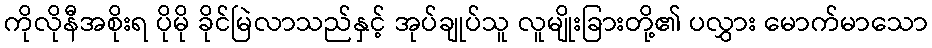
ကိုလိုနီအစိုးရ ပိုမို ခိုင်မြဲလာသည်နှင့် အုပ်ချုပ်သူ လူမျိုးခြားတို့၏ ပလွှား မောက်မာသော